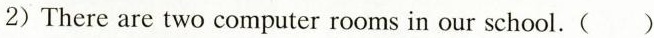
2) There are two computer rooms in our school.( )